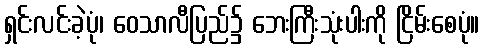
ရှင်းလင်းခဲ့ပုံ၊ ဝေသာလီပြည်၌ ဘေးကြီးသုံးပါးကို ငြိမ်းစေပုံ။